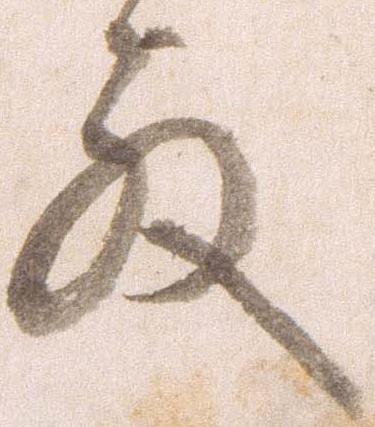
殿